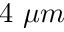
4 ~ \mu m